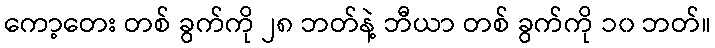
ကော့တေး တစ် ခွက်ကို ၂၈ ဘတ်နဲ့ ဘီယာ တစ် ခွက်ကို ၁၀ ဘတ်။